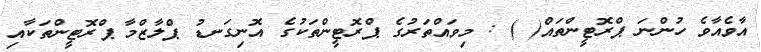
އާވެއާވެ ހުންނަ ޕްރޮޓީންތައް( ) : މިވައްތަރުގެ ޕްރޮޓީންތަކުގެ އޮނިގަނޑު ޕްލާޒްމާ ޕްރޮޓީންތަކާއި